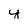
Character: y